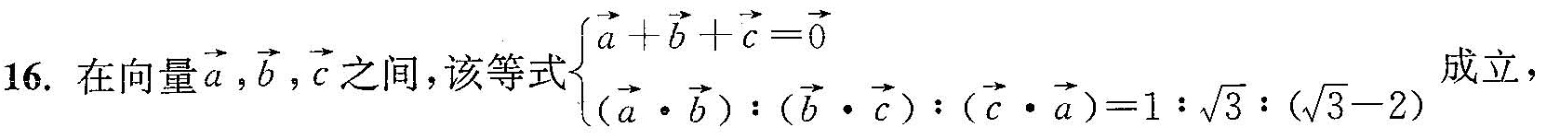
16.在向量\overrightarrow{a}, \overrightarrow{b}, \overrightarrow{c}之间，该等式 $$\begin{cases} \overrightarrow{a}+ \overrightarrow{b}+ \overrightarrow{c}= \overrightarrow{0}\\ ( \overrightarrow{a} \cdot \overrightarrow{b}):( \overrightarrow{b} \cdot \overrightarrow{c}):( \overrightarrow{c} \cdot \overrightarrow{a})=1: \sqrt{3}:( \sqrt{3}-2 \end{cases}$$成立，